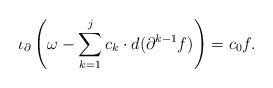
LaTeX: \begin{align*}\iota_\partial \left( \omega - \sum_{k=1}^j c_k \cdot d(\partial^{k-1} f) \right) = c_0 f.\end{align*}